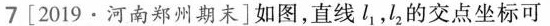
7[2019·河南郑州期末]如图，直线l1，l2的交点坐标可